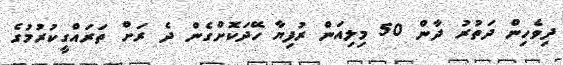
ދިވެހިން ދަތުރު ދާން 50 މިލިއަން ރުފިޔާ ހޭދަކޮށްގެން ދެ ރަށް ތަރައްގީކުރުމުގެ